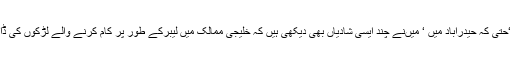
ایک migrant لڑکا(یاپھرلڑکی )شادی کے لیے پسندیدہ ہوتے ہیں ‘حتی کہ حیدرآباد میں ‘ میںنے چند ایسی شادیاں بھی دیکھی ہیں کہ خلیجی ممالک میں لیبرکے طور پر کام کرنے والے لڑکوں کی ڈاکٹراور دیگرپروفیشنل ڈگری رکھنے والی لڑکیوں سے شادی ہوئی۔